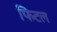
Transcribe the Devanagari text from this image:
फिटल